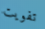
تفويت